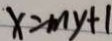
x = m y + 1